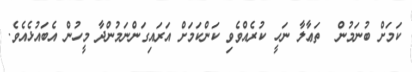
ކަމަށް ބުނަމުން  ތަޢާލާ ނަހީ ކުރެއްވެވި ކަންކަމަށް އަރައިގަންނަމުންދާ މީހުން އެބައުޅެއެވެ.